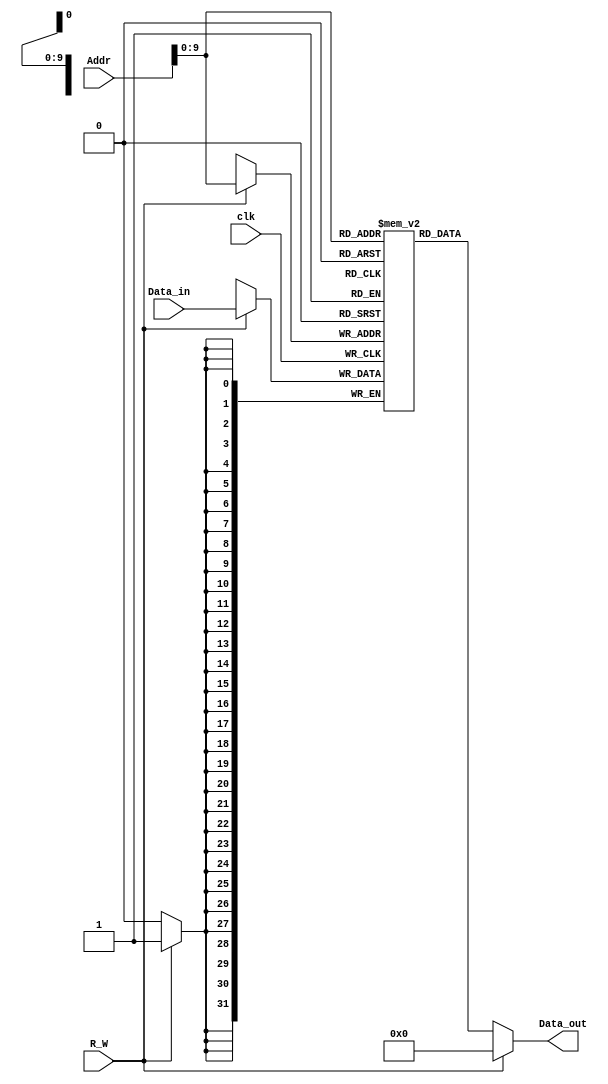
module Dmemory(Data_out,clk,R_W,Addr,Data_in);
    output [31:0] Data_out;
    input clk;
    input R_W;
    input [31:0] Addr;
    input [31:0] Data_in;
    reg [31:0] data_memory[1023:0];
    integer i;
    initial begin
        for(i=0;i<1024;i=i+1) data_memory[i]=32'b0;
    end
    assign Data_out = R_W?32'b0:data_memory[Addr];
    
    always@(posedge clk) begin
        if(R_W)
            data_memory[Addr] <= Data_in;
    end
endmodule